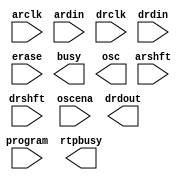
// megafunction wizard: %ALTUFM_NONE%VBB%
// GENERATION: STANDARD
// VERSION: WM1.0
// MODULE: ALTUFM_NONE 

// ============================================================
// Megafunction Name(s):
// 			ALTUFM_NONE
//
// Simulation Library Files(s):
// 			maxii
// ============================================================
// ************************************************************
// THIS IS A WIZARD-GENERATED FILE. DO NOT EDIT THIS FILE!
//
// 13.0.1 Build 232 06/12/2013 SP 1 SJ Web Edition
// ************************************************************

//Copyright (C) 1991-2013 Altera Corporation
//Your use of Altera Corporation's design tools, logic functions 
//and other software and tools, and its AMPP partner logic 
//functions, and any output files from any of the foregoing 
//(including device programming or simulation files), and any 
//associated documentation or information are expressly subject 
//to the terms and conditions of the Altera Program License 
//Subscription Agreement, Altera MegaCore Function License 
//Agreement, or other applicable license agreement, including, 
//without limitation, that your use is for the sole purpose of 
//programming logic devices manufactured by Altera and sold by 
//Altera or its authorized distributors.  Please refer to the 
//applicable agreement for further details.

module UFM (
	arclk,
	ardin,
	arshft,
	drclk,
	drdin,
	drshft,
	erase,
	oscena,
	program,
	busy,
	drdout,
	osc,
	rtpbusy)/* synthesis synthesis_clearbox = 1 */;

	input	  arclk;
	input	  ardin;
	input	  arshft;
	input	  drclk;
	input	  drdin;
	input	  drshft;
	input	  erase;
	input	  oscena;
	input	  program;
	output	  busy;
	output	  drdout;
	output	  osc;
	output	  rtpbusy;

endmodule

// ============================================================
// CNX file retrieval info
// ============================================================
// Retrieval info: LIBRARY: altera_mf altera_mf.altera_mf_components.all
// Retrieval info: PRIVATE: INTENDED_DEVICE_FAMILY STRING "MAX II"
// Retrieval info: CONSTANT: ERASE_TIME NUMERIC "500000000"
// Retrieval info: CONSTANT: INTENDED_DEVICE_FAMILY STRING "MAX II"
// Retrieval info: CONSTANT: LPM_FILE STRING "RAM2E.mif"
// Retrieval info: CONSTANT: LPM_HINT STRING "UNUSED"
// Retrieval info: CONSTANT: LPM_TYPE STRING "altufm_none"
// Retrieval info: CONSTANT: OSC_FREQUENCY NUMERIC "180000"
// Retrieval info: CONSTANT: PORT_ARCLKENA STRING "PORT_UNUSED"
// Retrieval info: CONSTANT: PORT_DRCLKENA STRING "PORT_UNUSED"
// Retrieval info: CONSTANT: PROGRAM_TIME NUMERIC "1600000"
// Retrieval info: CONSTANT: WIDTH_UFM_ADDRESS NUMERIC "9"
// Retrieval info: USED_PORT: arclk 0 0 0 0 INPUT NODEFVAL "arclk"
// Retrieval info: CONNECT: @arclk 0 0 0 0 arclk 0 0 0 0
// Retrieval info: USED_PORT: ardin 0 0 0 0 INPUT NODEFVAL "ardin"
// Retrieval info: CONNECT: @ardin 0 0 0 0 ardin 0 0 0 0
// Retrieval info: USED_PORT: arshft 0 0 0 0 INPUT NODEFVAL "arshft"
// Retrieval info: CONNECT: @arshft 0 0 0 0 arshft 0 0 0 0
// Retrieval info: USED_PORT: busy 0 0 0 0 OUTPUT NODEFVAL "busy"
// Retrieval info: CONNECT: busy 0 0 0 0 @busy 0 0 0 0
// Retrieval info: USED_PORT: drclk 0 0 0 0 INPUT NODEFVAL "drclk"
// Retrieval info: CONNECT: @drclk 0 0 0 0 drclk 0 0 0 0
// Retrieval info: USED_PORT: drdin 0 0 0 0 INPUT NODEFVAL "drdin"
// Retrieval info: CONNECT: @drdin 0 0 0 0 drdin 0 0 0 0
// Retrieval info: USED_PORT: drdout 0 0 0 0 OUTPUT NODEFVAL "drdout"
// Retrieval info: CONNECT: drdout 0 0 0 0 @drdout 0 0 0 0
// Retrieval info: USED_PORT: drshft 0 0 0 0 INPUT NODEFVAL "drshft"
// Retrieval info: CONNECT: @drshft 0 0 0 0 drshft 0 0 0 0
// Retrieval info: USED_PORT: erase 0 0 0 0 INPUT NODEFVAL "erase"
// Retrieval info: CONNECT: @erase 0 0 0 0 erase 0 0 0 0
// Retrieval info: USED_PORT: osc 0 0 0 0 OUTPUT NODEFVAL "osc"
// Retrieval info: CONNECT: osc 0 0 0 0 @osc 0 0 0 0
// Retrieval info: USED_PORT: oscena 0 0 0 0 INPUT NODEFVAL "oscena"
// Retrieval info: CONNECT: @oscena 0 0 0 0 oscena 0 0 0 0
// Retrieval info: USED_PORT: program 0 0 0 0 INPUT NODEFVAL "program"
// Retrieval info: CONNECT: @program 0 0 0 0 program 0 0 0 0
// Retrieval info: USED_PORT: rtpbusy 0 0 0 0 OUTPUT NODEFVAL "rtpbusy"
// Retrieval info: CONNECT: rtpbusy 0 0 0 0 @rtpbusy 0 0 0 0
// Retrieval info: GEN_FILE: TYPE_NORMAL UFM.v TRUE FALSE
// Retrieval info: GEN_FILE: TYPE_NORMAL UFM.qip TRUE FALSE
// Retrieval info: GEN_FILE: TYPE_NORMAL UFM.bsf TRUE TRUE
// Retrieval info: GEN_FILE: TYPE_NORMAL UFM_inst.v FALSE TRUE
// Retrieval info: GEN_FILE: TYPE_NORMAL UFM_bb.v TRUE TRUE
// Retrieval info: GEN_FILE: TYPE_NORMAL UFM.inc FALSE TRUE
// Retrieval info: GEN_FILE: TYPE_NORMAL UFM.cmp FALSE TRUE
// Retrieval info: LIB_FILE: maxii